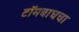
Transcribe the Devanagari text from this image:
टॉमबाघचा